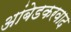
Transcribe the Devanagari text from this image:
अांबेडकरवाद